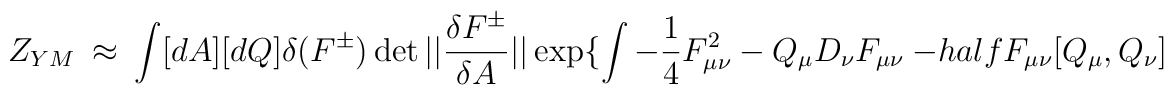
Z_{YM} \ \approx \ \int [dA] [dQ] \delta ( F^{\pm} ) \det ||{ \delta F^{\pm} \over \delta A } || \exp \{ \int  - \frac{1}{4}F_{\mu\nu}^2 \ - \ Q_\mu D_\nu F_{\mu\nu} \ - \\half F_{\mu\nu} [ Q_\mu , Q_\nu ]